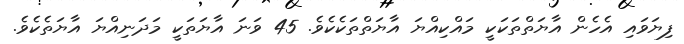
ފިޔަވައި އެހެން އާޔަތްތަކަކީ މައްކިއްޔަ އާޔަތްތަކެކެވެ. 45 ވަނަ އާޔަތަކީ މަދަނިއްޔަ އާޔަތެކެވެ.